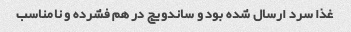
غذا سرد ارسال شده بود و ساندویچ در هم فشرده و نامناسب